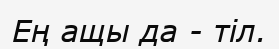
Ең ащы да - тіл.